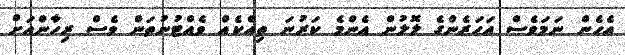
އެހެން ނަމަވެސް އަހަރެންގެ ލޮލުން އެންމެ ކަރުނަ ތިއްކެއް ވެއްޓުނުތަން ވެސް ރިހާންއަށް